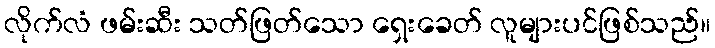
လိုက်လံ ဖမ်းဆီး သတ်ဖြတ်သော ရှေးခေတ် လူများပင်ဖြစ်သည်။